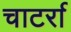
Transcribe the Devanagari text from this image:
चाटर्रा